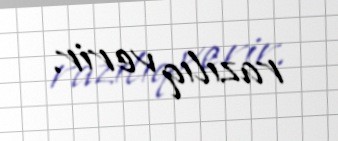
razılıq verir.